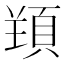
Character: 𱂗